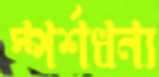
স্পর্শধন্য